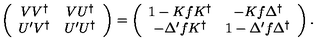
\left( \begin{array} { c c } { V V ^ { \dag } } & { V U ^ { \dag } } \\ { U ^ { \prime } V ^ { \dag } } & { U ^ { \prime } U ^ { \dag } } \\ \end{array} \right) = \left( \begin{array} { c c } { 1 - K f K ^ { \dag } } & { - K f \Delta ^ { \dag } } \\ { - \Delta ^ { \prime } f K ^ { \dag } } & { 1 - \Delta ^ { \prime } f \Delta ^ { \dag } } \\ \end{array} \right) .